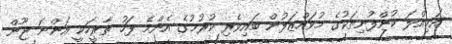
އަމިއްލަ ކުންފުނިތަކުގެ މުވައްޒަފުން ބައިވެރި ކުރުމުގެ އެންމެ ފަހު ތާރީހަކީ އަންނަ ޖޫން